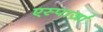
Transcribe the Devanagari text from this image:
एस्पार्ज़ा